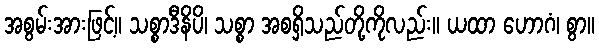
အစွမ်းအားဖြင့်။ သစ္စာဒီနိပိ၊ သစ္စာ အစရှိသည်တို့ကိုလည်း။ ယထာ ဟောဂံ၊ စွာ။